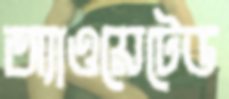
অ্যাওয়েটেড